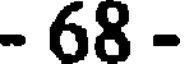
- 68 -